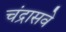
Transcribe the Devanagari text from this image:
चंद्रासवे